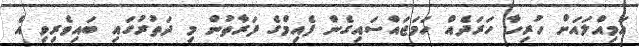
އަމިއްލައަށް ހުރިހާ ހަރަދެއް ހަމަޖައްސައިގެން ފެއިމްގެ ފަރާތުން މި ދަތުރުގައި ބައިވެރިވި އެ